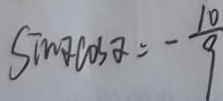
\sin \alpha \cos \alpha = - \frac { 1 0 } { 9 }